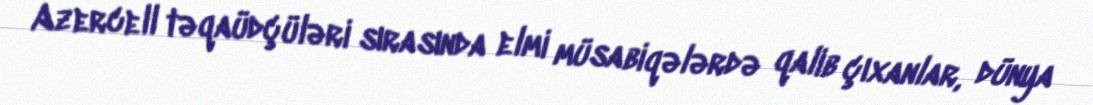
Azercell təqaüdçüləri sırasında elmi müsabiqələrdə qalib çıxanlar, dünya